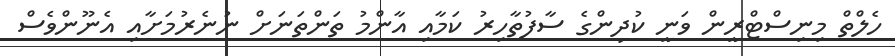
ހެލްތް މިނިސްޓްރީން ވަނީ ކުދިންގެ ސާފުތާހިރު ކަމާއި އާންމު ތަންތަނަށް ނުނެރުމަށާއި އެނޫންވެސް